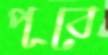
পূবে